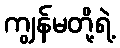
ကျွန်မတို့ရဲ့